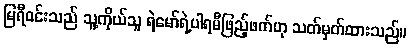
မြရီဝင်းသည် သူ့ကိုယ်သူ ရဲမော်ရဲ့ပါရမီဖြည့်ဖက်ဟု သတ်မှတ်ထားသည်။